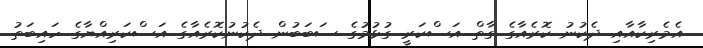
އެމެރިކާއާއި ދެކުނު ކޮރެއާގެ ގާތް އަސްކަރީ ގުޅުމުގެ ސަބަބުން ދެކުނުކޮރެއާގެ އަސްކަރިއްޔާގެ ހައިބަތު